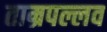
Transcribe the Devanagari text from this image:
ताम्रपल्लव